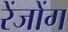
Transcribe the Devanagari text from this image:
रेंजोंग